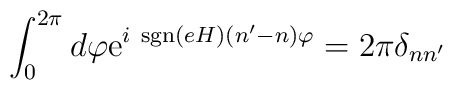
\int_{0}^{2 \pi} d\varphi {\rm e}^{i~{\rm sgn}(eH) (n'-n) \varphi}= 2 \pi \delta_{nn'}